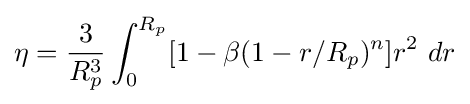
\eta ={\dfrac {3}{R_{p}^{3}}}\int _{0}^{R_{p}}[1-\beta (1-r/R_{p})^{n}]r^{2}\ dr